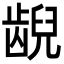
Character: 𫠜